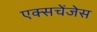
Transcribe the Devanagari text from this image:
एक्सचेंजेस